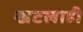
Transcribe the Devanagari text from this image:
खटलाही